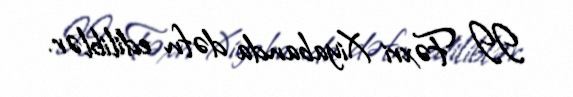
II Fəxri Xiyabanda dəfn ediliblər.